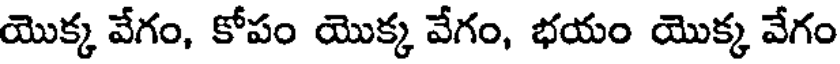
యొక్క వేగం, కోపం యొక్క వేగం, భయం యొక్క వేగం